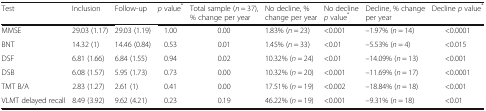
<table><thead><tr><td><b>Test</b></td><td><b>Inclusion</b></td><td><b>Follow-up</b></td><td><b><i>p</i> value<sup>*</sup></b></td><td><b>Total sample (<i>n</i> = 37), % change per year</b></td><td><b>No decline, % change per year</b></td><td><b>No decline <i>p</i> value<sup>*</sup></b></td><td><b>Decline, % change per year</b></td><td><b>Decline <i>p</i> value<sup>*</sup></b></td></tr></thead><tbody><tr><td>MMSE</td><td>29.03 (1.17)</td><td>29.03 (1.19)</td><td>1.00</td><td>0.00</td><td>1.83% (<i>n</i> = 23)</td><td>&lt;0.001</td><td>–1.97% (<i>n</i> = 14)</td><td>&lt;0.0001</td></tr><tr><td>BNT</td><td>14.32 (1)</td><td>14.46 (0.84)</td><td>0.53</td><td>0.01</td><td>1.45% (<i>n</i> = 33)</td><td>&lt;0.01</td><td>–5.53% (<i>n</i> = 4)</td><td>&lt;0.015</td></tr><tr><td>DSF</td><td>6.81 (1.66)</td><td>6.84 (1.55)</td><td>0.94</td><td>0.02</td><td>10.32% (<i>n</i> = 24)</td><td>&lt;0.01</td><td>–14.09% (<i>n</i> = 13)</td><td>&lt;0.001</td></tr><tr><td>DSB</td><td>6.08 (1.57)</td><td>5.95 (1.73)</td><td>0.73</td><td>0.00</td><td>10.32% (<i>n</i> = 20)</td><td>&lt;0.001</td><td>–11.69% (<i>n</i> = 17)</td><td>&lt;0.0001</td></tr><tr><td>TMT B/A</td><td>2.83 (1.27)</td><td>2.61 (1)</td><td>0.41</td><td>0.00</td><td>17.51% (<i>n</i> = 19)</td><td>&lt;0.002</td><td>–18.84% (<i>n</i> = 18)</td><td>&lt;0.001</td></tr><tr><td>VLMT delayed recall</td><td>8.49 (3.92)</td><td>9.62 (4.21)</td><td>0.23</td><td>0.19</td><td>46.22% (<i>n</i> = 19)</td><td>&lt;0.001</td><td>–9.31% (<i>n</i> = 18)</td><td>&lt;0.01</td></tr></tbody></table>